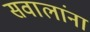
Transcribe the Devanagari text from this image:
सवालांना